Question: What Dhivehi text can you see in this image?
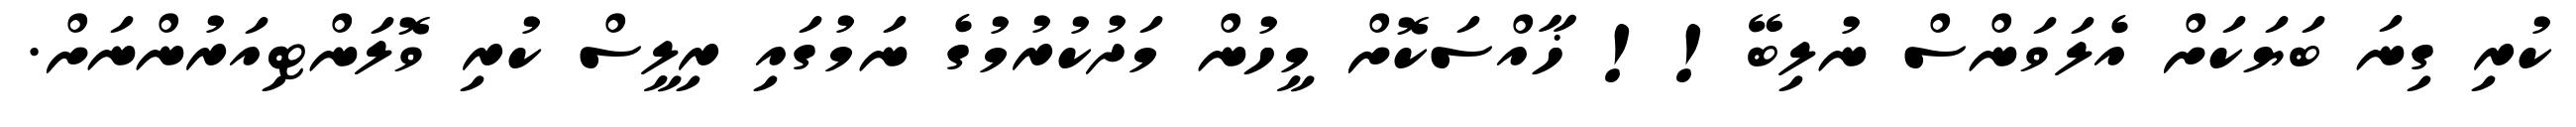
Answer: ކުރި ގިނަ ބަޔަކަށް އެލަވަންސް ނުލިބޭ!! ޚާއްސަކޮށް މީހުން މަދުކުރުމުގެ ނަމުގައި ރިލީސް ކުރި ވޮލަންޓިއަރުންނަށް.